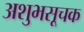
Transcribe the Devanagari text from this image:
अशुभसूचक